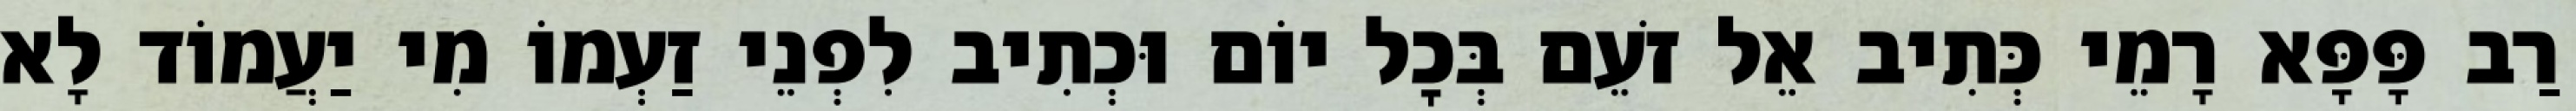
רַב פָּפָּא רָמֵי כְּתִיב אֵל זֹעֵם בְּכׇל יוֹם וּכְתִיב לִפְנֵי זַעְמוֹ מִי יַעֲמוֹד לָא